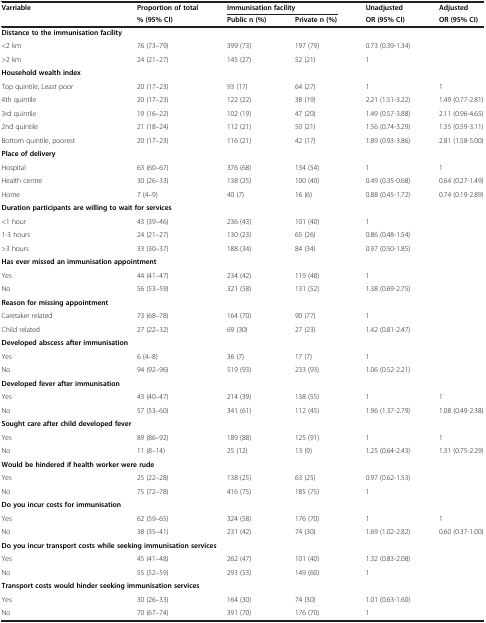
<table><thead><tr><td><b>Varriable</b></td><td><b>Proportion of total</b></td><td colspan="2"><b>Immunisation facility</b></td><td><b>Unadjusted</b></td><td><b>Adjusted</b></td></tr><tr><td><b> </b></td><td><b>% (95% CI)</b></td><td><b>Public n (%)</b></td><td><b>Private n (%)</b></td><td><b>OR (95% CI)</b></td><td><b>OR (95% CI)</b></td></tr></thead><tbody><tr><td colspan="2"><b>Distance to the immunisation facility</b></td><td> </td><td> </td><td> </td><td> </td></tr><tr><td>&lt;2 km</td><td>76 (73–79)</td><td>399 (73)</td><td>197 (79)</td><td>0.73 (0.39-1.34)</td><td> </td></tr><tr><td>&gt;2 km</td><td>24 (21–27)</td><td>145 (27)</td><td>52 (21)</td><td>1</td><td> </td></tr><tr><td><b>Household wealth index</b></td><td> </td><td> </td><td> </td><td> </td><td> </td></tr><tr><td>Top quintile, Least poor</td><td>20 (17–23)</td><td>93 (17)</td><td>64 (27)</td><td>1</td><td>1</td></tr><tr><td>4th quintile</td><td>20 (17–23)</td><td>122 (22)</td><td>38 (19)</td><td>2.21 (1.51-3.22)</td><td>1.49 (0.77-2.81)</td></tr><tr><td>3rd quintile</td><td>19 (16–22)</td><td>102 (19)</td><td>47 (20)</td><td>1.49 (0.57-3.88)</td><td>2.11 (0.96-4.65)</td></tr><tr><td>2nd quintile</td><td>21 (18–24)</td><td>112 (21)</td><td>50 (21)</td><td>1.56 (0.74-3.29)</td><td>1.35 (0.59-3.11)</td></tr><tr><td>Bottom quintile, poorest</td><td>20 (17–23)</td><td>116 (21)</td><td>42 (17)</td><td>1.89 (0.93-3.86)</td><td>2.81 (1.58-5.00)</td></tr><tr><td><b>Place of delivery</b></td><td> </td><td> </td><td> </td><td> </td><td> </td></tr><tr><td>Hospital</td><td>63 (60–67)</td><td>376 (68)</td><td>134 (54)</td><td>1</td><td>1</td></tr><tr><td>Health centre</td><td>30 (26–33)</td><td>138 (25)</td><td>100 (40)</td><td>0.49 (0.35-0.68)</td><td>0.64 (0.27-1.49)</td></tr><tr><td>Home</td><td>7 (4–9)</td><td>40 (7)</td><td>16 (6)</td><td>0.88 (0.45-1.72)</td><td>0.74 (0.19-2.89)</td></tr><tr><td colspan="3"><b>Duration participants are willing to wait for services</b></td><td> </td><td> </td><td> </td></tr><tr><td>&lt;1 hour</td><td>43 (39–46)</td><td>236 (43)</td><td>101 (40)</td><td>1</td><td> </td></tr><tr><td>1-3 hours</td><td>24 (21–27)</td><td>130 (23)</td><td>65 (26)</td><td>0.86 (0.48-1.54)</td><td> </td></tr><tr><td>&gt;3 hours</td><td>33 (30–37)</td><td>188 (34)</td><td>84 (34)</td><td>0.97 (0.50-1.85)</td><td> </td></tr><tr><td colspan="2"><b>Has ever missed an immunisation appointment</b></td><td> </td><td> </td><td> </td><td> </td></tr><tr><td>Yes</td><td>44 (41–47)</td><td>234 (42)</td><td>119 (48)</td><td>1</td><td> </td></tr><tr><td>No</td><td>56 (53–59)</td><td>321 (58)</td><td>131 (52)</td><td>1.38 (0.69-2.75)</td><td> </td></tr><tr><td><b>Reason for missing appointment</b></td><td> </td><td> </td><td> </td><td> </td><td> </td></tr><tr><td>Caretaker related</td><td>73 (68–78)</td><td>164 (70)</td><td>90 (77)</td><td>1</td><td> </td></tr><tr><td>Child related</td><td>27 (22–32)</td><td>69 (30)</td><td>27 (23)</td><td>1.42 (0.81-2.47)</td><td> </td></tr><tr><td colspan="2"><b>Developed abscess after immunisation</b></td><td> </td><td> </td><td> </td><td> </td></tr><tr><td>Yes</td><td>6 (4–8)</td><td>36 (7)</td><td>17 (7)</td><td>1</td><td> </td></tr><tr><td>No</td><td>94 (92–96)</td><td>519 (93)</td><td>233 (93)</td><td>1.06 (0.52-2.21)</td><td> </td></tr><tr><td colspan="2"><b>Developed fever after immunisation</b></td><td> </td><td> </td><td> </td><td> </td></tr><tr><td>Yes</td><td>43 (40–47)</td><td>214 (39)</td><td>138 (55)</td><td>1</td><td>1</td></tr><tr><td>No</td><td>57 (53–60)</td><td>341 (61)</td><td>112 (45)</td><td>1.96 (1.37-2.79)</td><td>1.08 (0.49-2.38)</td></tr><tr><td colspan="2"><b>Sought care after child developed fever</b></td><td> </td><td> </td><td> </td><td> </td></tr><tr><td>Yes</td><td>89 (86–92)</td><td>189 (88)</td><td>125 (91)</td><td>1</td><td>1</td></tr><tr><td>No</td><td>11 (8–14)</td><td>25 (12)</td><td>13 (9)</td><td>1.25 (0.64-2.43)</td><td>1.31 (0.75-2.29)</td></tr><tr><td colspan="2"><b>Would be hindered if health worker were rude</b></td><td> </td><td> </td><td> </td><td> </td></tr><tr><td>Yes</td><td>25 (22–28)</td><td>138 (25)</td><td>63 (25)</td><td>0.97 (0.62-1.53)</td><td> </td></tr><tr><td>No</td><td>75 (72–78)</td><td>416 (75)</td><td>185 (75)</td><td>1</td><td> </td></tr><tr><td colspan="2"><b>Do you incur costs for immunisation</b></td><td> </td><td> </td><td> </td><td> </td></tr><tr><td>Yes</td><td>62 (59–65)</td><td>324 (58)</td><td>176 (70)</td><td>1</td><td>1</td></tr><tr><td>No</td><td>38 (35–41)</td><td>231 (42)</td><td>74 (30)</td><td>1.69 (1.02-2.82)</td><td>0.60 (0.37-1.00)</td></tr><tr><td colspan="4"><b>Do you incur transport costs while seeking immunisation services</b></td><td> </td><td> </td></tr><tr><td>Yes</td><td>45 (41–48)</td><td>262 (47)</td><td>101 (40)</td><td>1.32 (0.83-2.08)</td><td> </td></tr><tr><td>No</td><td>55 (52–59)</td><td>293 (53)</td><td>149 (60)</td><td>1</td><td> </td></tr><tr><td colspan="3"><b>Transport costs would hinder seeking immunisation services</b></td><td> </td><td> </td><td> </td></tr><tr><td>Yes</td><td>30 (26–33)</td><td>164 (30)</td><td>74 (30)</td><td>1.01 (0.63-1.60)</td><td> </td></tr><tr><td>No</td><td>70 (67–74)</td><td>391 (70)</td><td>176 (70)</td><td>1</td><td> </td></tr></tbody></table>